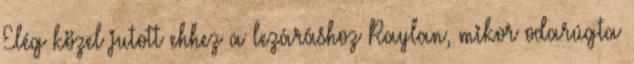
Elég közel jutott ehhez a lezáráshoz Raylan, mikor odarúgta